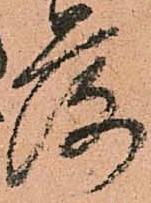
落